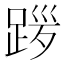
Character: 𫏎